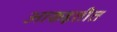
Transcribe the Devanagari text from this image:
आकइतीत